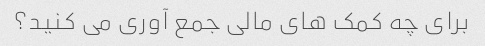
برای چه کمک های مالی جمع آوری می کنید؟